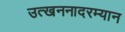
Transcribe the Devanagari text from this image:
उत्खननादरम्यान